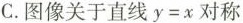
C.图像关于直线y=x对称